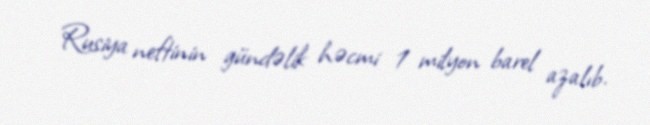
Rusiya neftinin gündəlik həcmi 1 milyon barel azalıb.